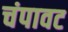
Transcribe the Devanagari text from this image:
चंपावट